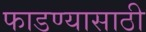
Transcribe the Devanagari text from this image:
फाडण्यासाठी